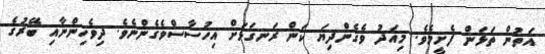
އަތުން ތަޅަން ފެށީމެވެ. މިއަދު ވެގެންދިޔަ ކަން ރަނގަޅަށް އިހުސާސްވެގެންނެވެ. ދިވެހިންނާއި ބޭރުގެ